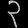
Digit: ၃